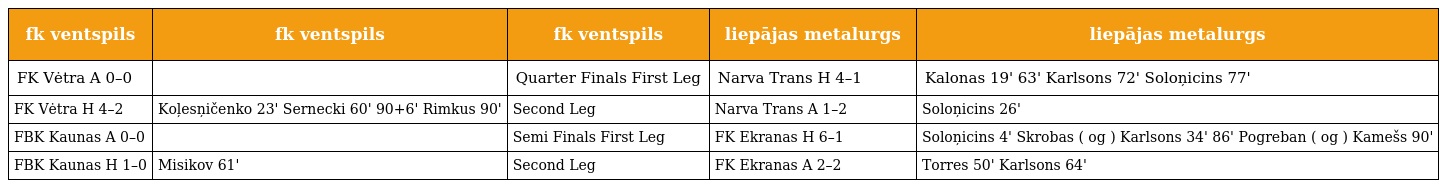
| fk ventspils | fk ventspils | fk ventspils | liepājas metalurgs | liepājas metalurgs |
 | --- | --- | --- | --- | --- |
 | FK Vėtra A 0–0 |  | Quarter Finals First Leg | Narva Trans H 4–1 | Kalonas 19' 63' Karlsons 72' Soloņicins 77' |
 | FK Vėtra H 4–2 | Koļesņičenko 23' Sernecki 60' 90+6' Rimkus 90' | Second Leg | Narva Trans A 1–2 | Soloņicins 26' |
 | FBK Kaunas A 0–0 |  | Semi Finals First Leg | FK Ekranas H 6–1 | Soloņicins 4' Skrobas ( og ) Karlsons 34' 86' Pogreban ( og ) Kamešs 90' |
 | FBK Kaunas H 1–0 | Misikov 61' | Second Leg | FK Ekranas A 2–2 | Torres 50' Karlsons 64' |